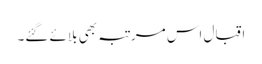
اقبال اس مرتبہ بھی بلائے گئے۔